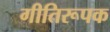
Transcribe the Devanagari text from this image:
गीतिरूपक